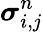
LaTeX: \boldsymbol{\sigma}_{i,j}^{n}